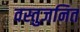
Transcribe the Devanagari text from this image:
वस्तुजनित